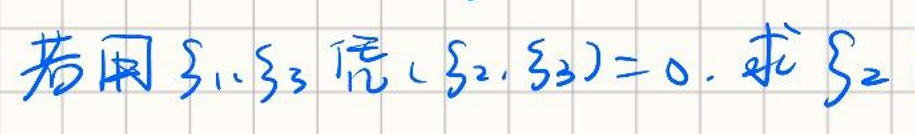
若用 $\xi_1,\xi_3$ 使 $(\xi_2,\xi_3)=0$, 求 $\xi_2$